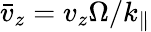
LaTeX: \bar{v}_{z}=v_{z}\Omega/k_{\parallel}